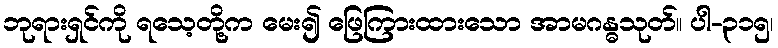
ဘုရားရှင်ကို ရသေ့တို့က မေး၍ ဖြေကြားထားသော အာမဂန္ဓသုတ်။ ပါ-၃၁၅၊